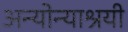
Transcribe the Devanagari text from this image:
अन्योन्याश्रयी